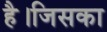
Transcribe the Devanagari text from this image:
है।जिसका